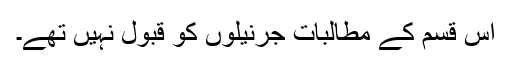
اس قسم کے مطالبات جرنیلوں کو قبول نہیں تھے۔